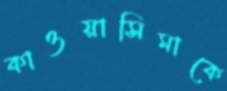
কাওয়াসিমাকে